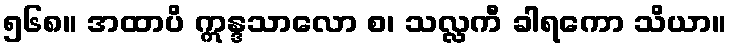
၅၆၈။ အထာပိ ဣန္ဒသာလော စ၊ သလ္လကီ ခါရကော သိယာ။